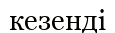
кезенді